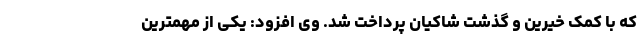
که با کمک خیرین و گذشت شاکیان پرداخت شد. وی افزود: یکی از مهمترین